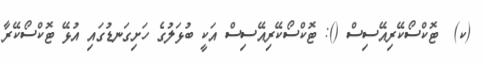
(ކ)  ޓޮކްސޯކޭރިއޭސިސް (): ޓޮކްސޯކޭރިއޭސިސް އަކީ ބުޅަލުގެ ހަށިގަނޑުގައި އުޅޭ ޓޮކްސޯކޭރާ